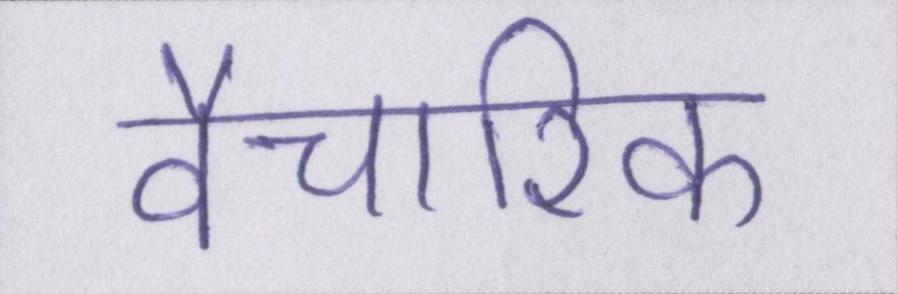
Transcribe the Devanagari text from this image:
वैचारिक